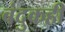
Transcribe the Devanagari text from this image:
बंदुकही